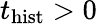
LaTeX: t_{\mathrm{hist}}>0